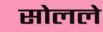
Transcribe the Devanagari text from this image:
सोलले